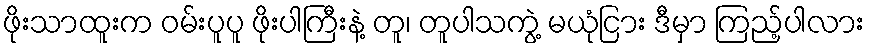
ဖိုးသာထူးက ဝမ်းပူပူ ဖိုးပါကြီးနဲ့ တူ၊ တူပါသကွဲ့ မယုံငြား ဒီမှာ ကြည့်ပါလား